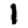
Digit: 1